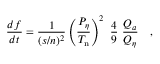
{ \frac { d f } { d t } } = { \frac { 1 } { ( s / n ) ^ { 2 } } } \left( { \frac { P _ { \eta } } { T _ { \mathrm { n } } } } \right) ^ { 2 } ~ { \frac { 4 } { 9 } } ~ { \frac { Q _ { a } } { Q _ { \eta } } } ~ ~ \ ,